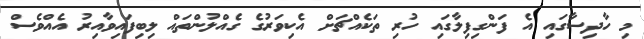
މި ހާދިސާގައި އެ ފަންގިފިލާގައި ހުރި ތަކެއްޗަށް އެކިވަރުގެ ގެއްލުންތައް ލިބިފައިވާއިރު އެއްވެސް